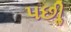
પછીૢ